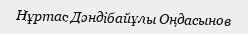
Нұртас Дәндібайұлы Оңдасынов